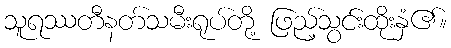
သူရဿတီနတ်သမီးရုပ်တို့ ဖြည့်သွင်းထိုးနှံ၏။